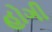
હોગી